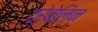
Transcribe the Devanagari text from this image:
ट्रेवेलिन